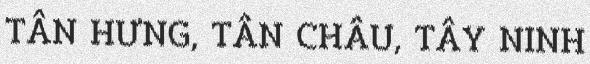
TÂN HƯNG, TÂN CHÂU, TÂY NINH